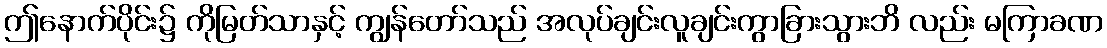
ဤနောက်ပိုင်း၌ ကိုမြတ်သာနှင့် ကျွန်တော်သည် အလုပ်ချင်းလူချင်းကွာခြားသွားဘိ လည်း မကြာခဏ